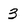
Character: 3